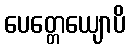
ပေတ္တေယျောပိ